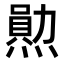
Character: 𤏩